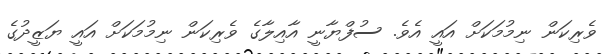
ވެރިކަން ނިމުމަކަށް އައީ އެވެ. ސުފްޔާނީ އާއިލާގެ ވެރިކަން ނިމުމަކަށް އައީ ޔަޒީދުގެ